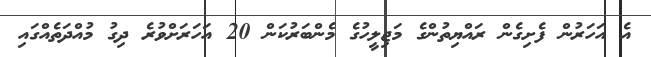
އެ އަހަރުން ފެށިގެން ރައްޔިތުންގެ މަޖިލީހުގެ މެންބަރުކަން 20 އަހަރަށްވުރެ ދިގު މުއްދަތެއްގައި